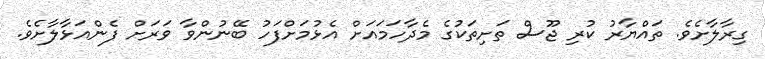
ގިރާލާށެވެ. ތައްޔާރު ކުރި ޖޫސް ތަށިތަކުގެ މެދާހަމައަށް އެޅުމަށްފަހު ބޭނުންވާ ވަރަށް ފެންއަޅާލާށެވެ.